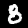
Label: 8